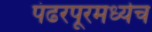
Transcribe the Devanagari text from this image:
पंढरपूरमध्येच